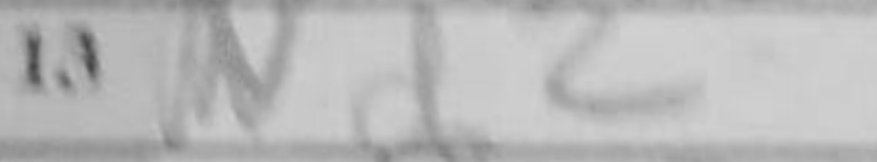
Transcription: Nd2